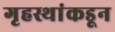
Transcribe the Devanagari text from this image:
गृहस्थांकडून